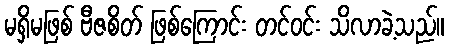
မရှိမဖြစ် ဗီဇစိတ် ဖြစ်ကြောင်း တင်ဝင်း သိလာခဲ့သည်။